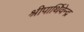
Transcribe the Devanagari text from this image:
श्रीपार्थिवेन्द्र